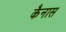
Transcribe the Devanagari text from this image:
कैनास